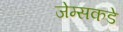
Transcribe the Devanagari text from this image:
जेम्सकडे